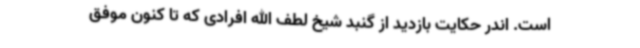
است. اندر حکایت بازدید از گنبد شیخ لطف الله افرادی که تا کنون موفق